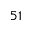
^ Ḋ 5 1 Ḍ